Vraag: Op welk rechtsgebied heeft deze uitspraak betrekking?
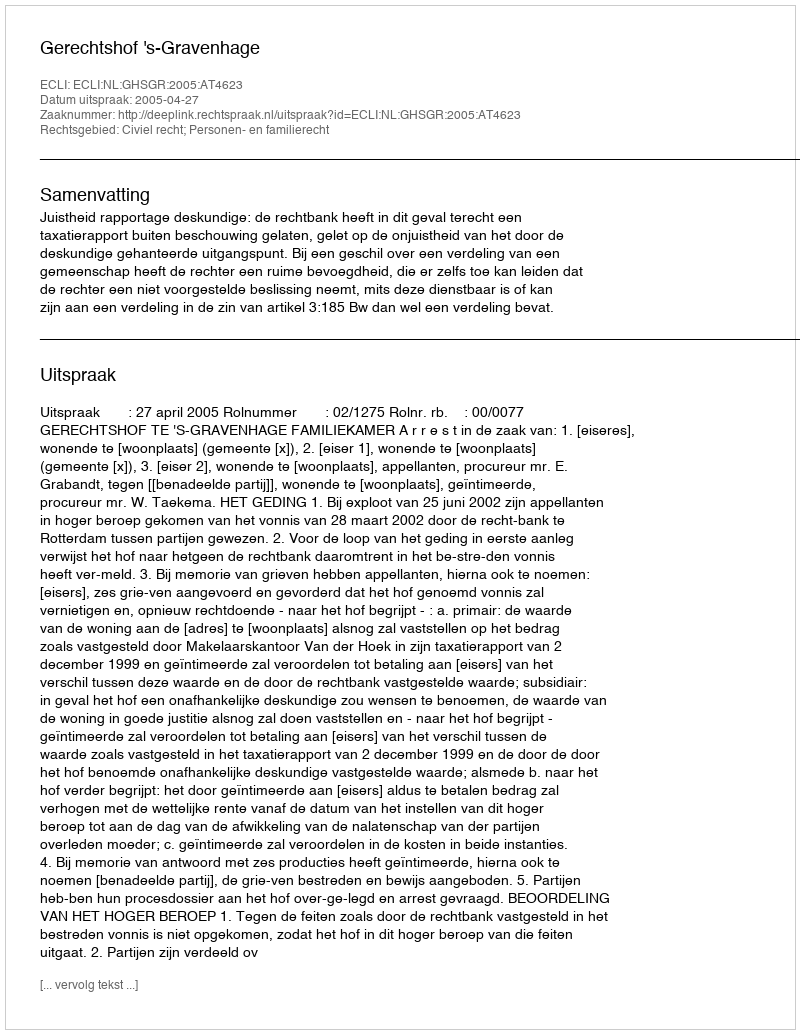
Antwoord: Civiel recht; Personen- en familierecht